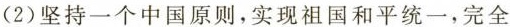
(2)坚持一个中国原则，实现祖国和平统一，完全